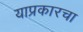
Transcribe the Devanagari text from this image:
याप्रकारचा